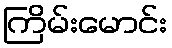
ကြိမ်းမောင်း